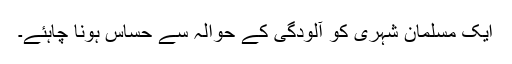
ایک مسلمان شہری کو آلودگی کے حوالہ سے حساس ہونا چاہئے۔